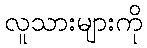
လူသားများကို